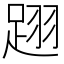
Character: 䟳